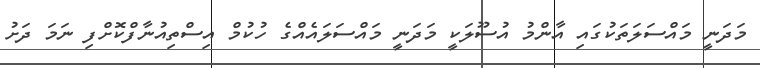
މަދަނީ މައްސަލަތަކުގައި އާންމު އުސޫލަކީ މަދަނީ މައްސަލައެއްގެ ހުކުމް އިސްތިއުނާފްކޮށްފި ނަމަ ދަށު